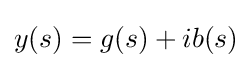
y(s)=g(s)+ib(s)